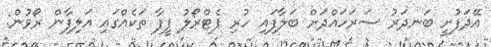
އޭދަފުށީ ބަނދަރު ސަރަހައްދަށް ބަލާފައި ހުރި ޕެޓްރޯލު ފީފާ ތަކެއްގައި އަލިފާން ރޯވުން: